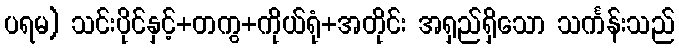
ပရမ) သင်းပိုင်နှင့်+တကွ+ကိုယ်ရုံ+အတိုင်း အရှည်ရှိသော သင်္ကန်းသည်